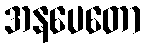
အနပေတော